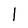
Character: l